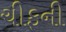
ચીફની